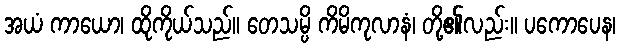
အယံ ကာယော၊ ထိုကိုယ်သည်။ တေသမ္ပိ ကိမိကုလာနံ၊ တို့၏လည်း။ ပကောပေန၊